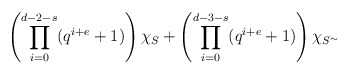
\begin{align*} \left(\prod_{i=0}^{d-2-s} (q^{i+e}+1) \right) \chi_S + \left(\prod_{i=0}^{d-3-s} (q^{i+e}+1) \right) \chi_{S^\sim} \end{align*}